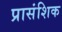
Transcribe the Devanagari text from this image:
प्रासंशिक